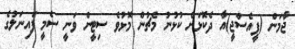
ޖާމަން (ޕީއެސްޖީ)އާ ދެކޮޅަށް ކުޅުނު މެޗުން މޮޅުވެ ސިޓީން ވަނީ ސެމީ ފައިނަލުގެ